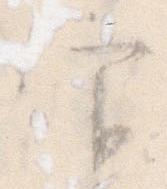
官